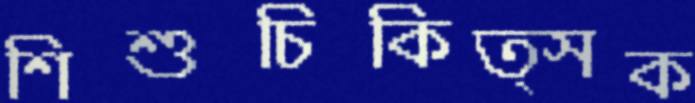
শিশুচিকিত্সক